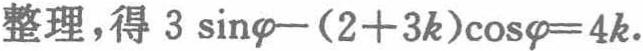
整理，得 \(3\sin\varphi-(2 + 3k)\cos\varphi = 4k\)